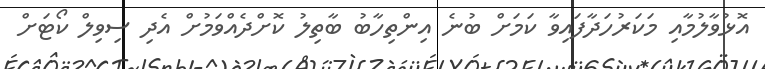
އޮޅުވާލުމާއި މަކަރުހަދާފައިވާ ކަމަށް ބުނެ އިންތިހާބު ބާތިލު ކޮށްދެއްވަމުށް އެދި ސިވިލް ކޯޓަށް